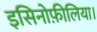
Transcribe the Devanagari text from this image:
इसिनोफ़ीलिया।